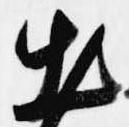
出